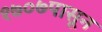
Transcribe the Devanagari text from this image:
१७०७पासून